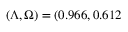
( \Lambda , \Omega ) = ( 0 . 9 6 6 , 0 . 6 1 2